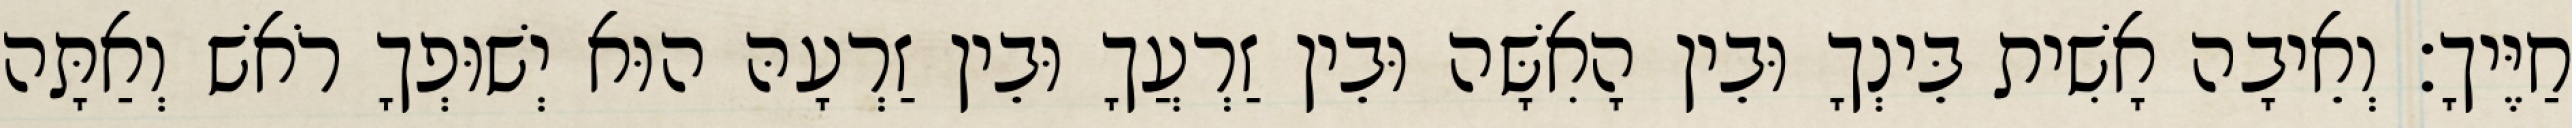
חַיֶּיךָ׃ וְאֵיבָה אָשִׁית בֵּינְךָ וּבֵין הָאִשָּׁה וּבֵין זַרְעֲךָ וּבֵין זַרְעָהּ הוּא יְשׁוּפְךָ רֹאשׁ וְאַתָּה